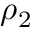
\rho _ { 2 }